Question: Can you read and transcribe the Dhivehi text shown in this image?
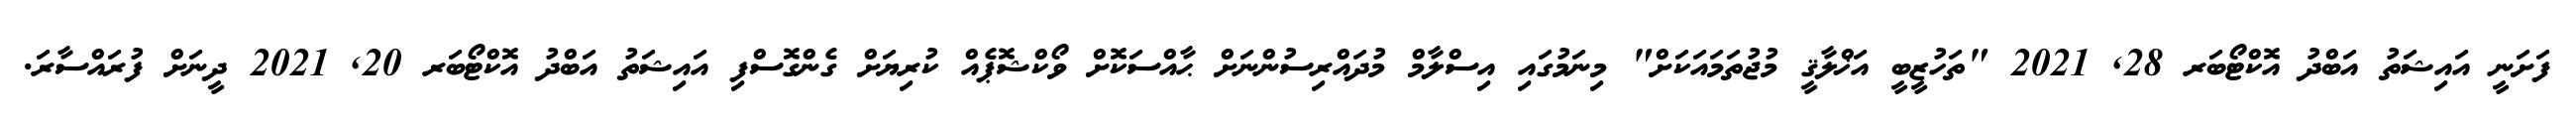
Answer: ފަށަނީ އައިޝަތު އަބްދު އޮކްޓޯބަރ 28, 2021 "ތަހުޒީބީ އަޚްލާޤީ މުޖުތަމައަކަށް" މިނަމުގައި އިސްލާމް މުދައްރިސުންނަށް ޙާއްސަކޮށް ވޯކްޝޮޕެއް ކުރިޔަށް ގެންގޮސްފި އައިޝަތު އަބްދު އޮކްޓޯބަރ 20, 2021 ދީނަށް ފުރައްސާރަ.